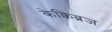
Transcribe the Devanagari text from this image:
केक्विब्रज